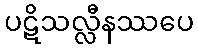
ပဋိသလ္လီနဿပေ